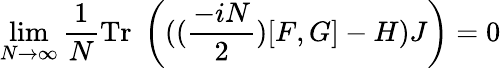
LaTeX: \operatorname*{lim}_{N\rightarrow\infty}\frac{1}{N}\mathrm{Tr}\; \left(((\frac{-iN}{2})[F,G]-H)J\right)=0